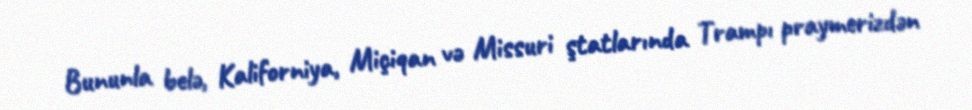
Bununla belə, Kaliforniya, Miçiqan və Missuri ştatlarında Trampı praymerizdən